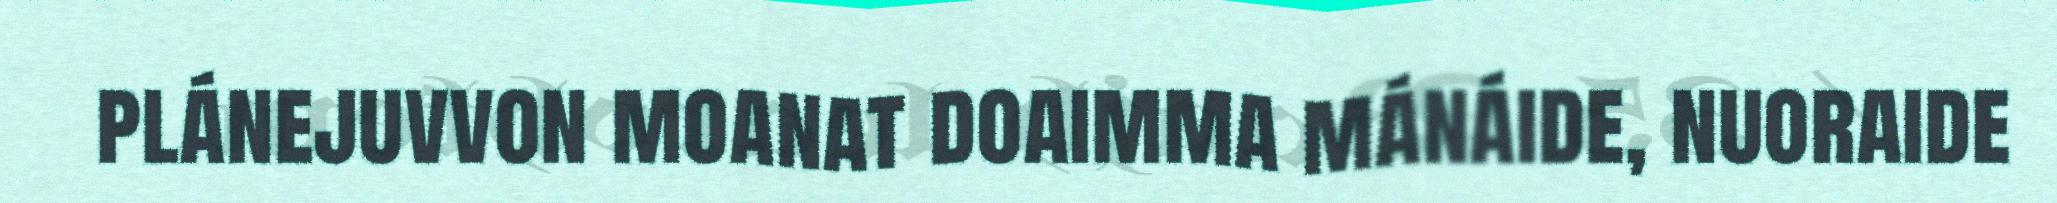
plánejuvvon moanat doaimma mánáide, nuoraide